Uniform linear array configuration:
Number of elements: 64
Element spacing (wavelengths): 0.75
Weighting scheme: blackman
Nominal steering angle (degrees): -15
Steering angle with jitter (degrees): -14.913
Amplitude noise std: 0.05
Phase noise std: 0.05

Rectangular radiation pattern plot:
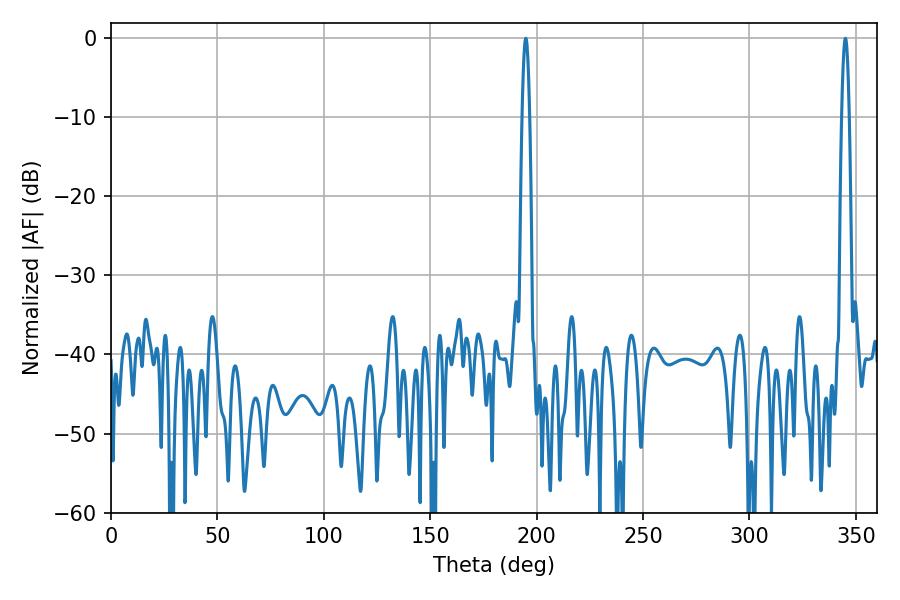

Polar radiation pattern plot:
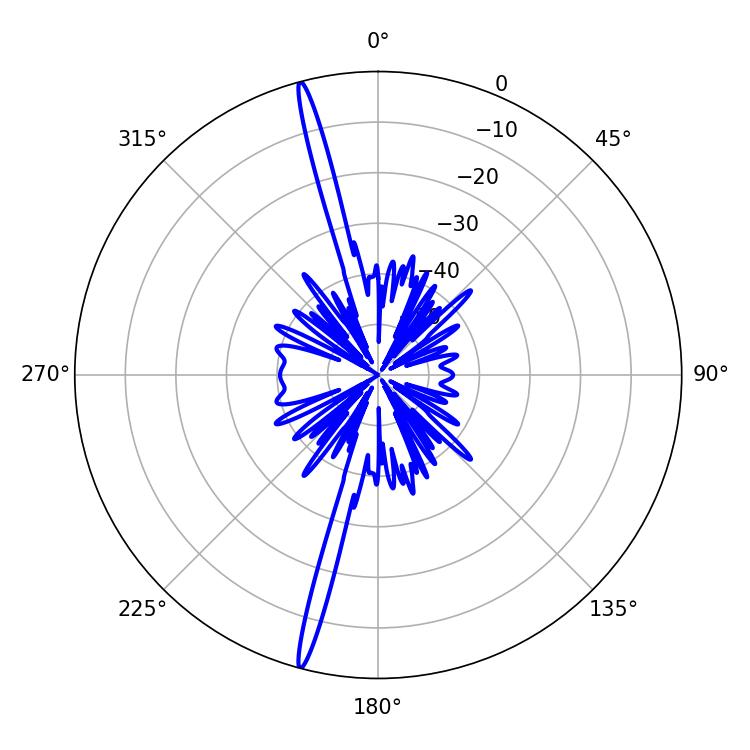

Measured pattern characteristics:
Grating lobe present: TRUE
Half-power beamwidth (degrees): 1.8
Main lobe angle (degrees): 345.06